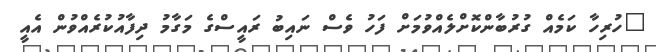
"ހުރިހާ ކަމެއް ގުރުބާންކޮށްލެއްވުމަށް ފަހު ވެސް ނައިބު ރައީސްގެ މަގާމު ދިފާއުކުރެއްވުން އެއީ